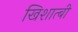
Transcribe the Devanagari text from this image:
खिशात्बी